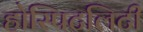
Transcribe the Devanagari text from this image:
होस्पिटलिटी